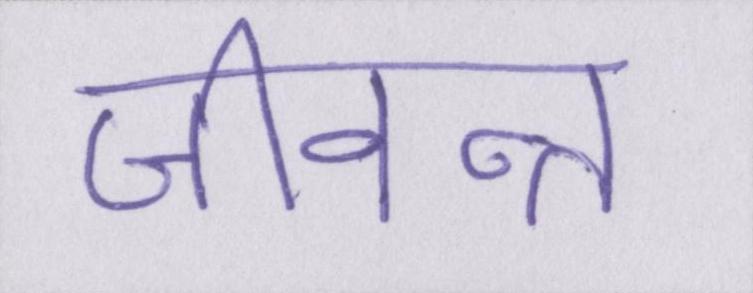
जीवन्त